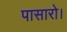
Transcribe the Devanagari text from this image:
पासारो।